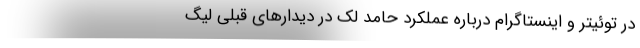
در توئیتر و اینستاگرام درباره عملکرد حامد لک در دیدارهای قبلی لیگ